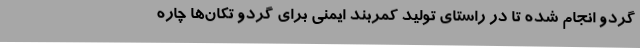
گردو انجام شده تا در راستای تولید کمربند ایمنی برای گردو تکان‌ها چاره